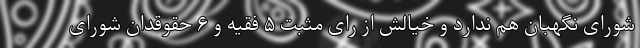
شورای نگهبان هم ندارد و خیالش از رای مثبت ۵ فقیه و ۶ حقوقدان شورای